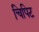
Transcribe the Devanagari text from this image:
चिपिट